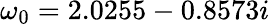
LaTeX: \omega_{0}=2.0255-0.8573i